Report on vaccination in Madras 1895-1903 - 1895-1903
Year: 1895
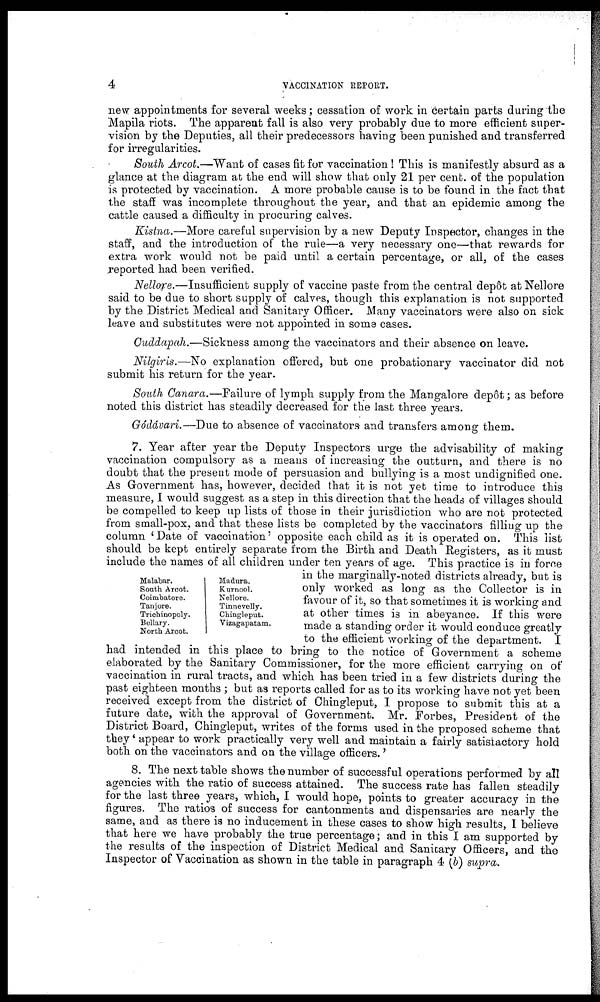
4
VACCINATION REPORT.
new appointments for several weeks; cessation of work in certain parts during the
Mapila riots. The apparent fall is also very probably due to more efficient super-
vision by the Deputies, all their predecessors having been punished and transferred
for irregularities.
South Arcot.—Want of cases fit for vaccination ! This is manifestly absurd as a
glance at the diagram at the end will show that only 21 per cent. of the population
is protected by vaccination. A more probable cause is to be found in the fact that
the staff was incomplete throughout the year, and that an epidemic among the
cattle caused a difficulty in procuring calves.
Kistna.—More careful supervision by a new Deputy Inspector, changes in the
staff, and the introduction of the rule—a very necessary one—that rewards for
extra work would not be paid until a certain percentage, or all, of the cases
reported had been verified.
Nellore.—Insufficient supply of vaccine paste from the central depôt at Nellore
said to be due to short supply of calves, though this explanation is not supported
by the District Medical and Sanitary Officer. Many vaccinators were also on sick
leave and substitutes were not appointed in some cases.
Cuddapah.—Sickness among the vaccinators and their absence on leave.
Nilgiris.—No explanation offered, but one probationary vaccinator did not
submit his return for the year.
South Canara.—Failure of lymph supply from the Mangalore depôt; as before
noted this district has steadily decreased for the last three years.
Gódávari.—Due to absence of vaccinators and transfers among them.
Malabar.
South Arcot.
Coimbatore.
Tanjore.
Trichinopoly.
Bellary.
North Arcot.
Madura.
Kurnool.
Nellore.
Tinnevelly.
Chingleput.
Vizagapatam.
7. Year after year the Deputy Inspectors urge the advisability of making
vaccination compulsory as a means of increasing the outturn, and there is no
doubt that the present mode of persuasion and bullying is a most undignified one.
As Government has, however, decided that it is not yet time to introduce this
measure, I would suggest as a step in this direction that the heads of villages should
be compelled to keep up lists of those in their jurisdiction who are not protected
from small-pox, and that these lists be completed by the vaccinators filling up the
column 'Date of vaccination' opposite each child as it is operated on. This list
should be kept entirely separate from the Birth and Death Registers, as it must
include the names of all children under ten years of age. This practice is in force
in the marginally-noted districts already, but is
only worked as long as the Collector is in
favour of it, so that sometimes it is working and
at other times is in abeyance. If this were
made a standing order it would conduce greatly
to the efficient working of the department. I
had intended in this place to bring to the notice of Government a scheme
elaborated by the Sanitary Commissioner, for the more efficient carrying on of
vaccination in rural tracts, and which has been tried in a few districts during the
past eighteen months ; but as reports called for as to its working have not yet been
received except from the district of Chingleput, I propose to submit this at a
future date, with the approval of Government. Mr. Forbes, President of the
District Board, Chingleput, writes of the forms used in the proposed scheme that
they 'appear to work practically very well and maintain a fairly satisfactory hold
both on the vaccinators and on the village officers.'
8. The next table shows the number of successful operations performed by all
agencies with the ratio of success attained. The success rate has fallen steadily
for the last three years, which, I would hope, points to greater accuracy in the
figures. The ratios of success for cantonments and dispensaries are nearly the
same, and as there is no inducement in these cases to show high results, I believe
that here we have probably the true percentage; and in this I am supported by
the results of the inspection of District Medical and Sanitary Officers, and the
Inspector of Vaccination as shown in the table in paragraph 4 (b) supra.